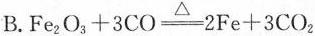
B. $$Fe_{2}O_{3}+3CO \xlongequal[